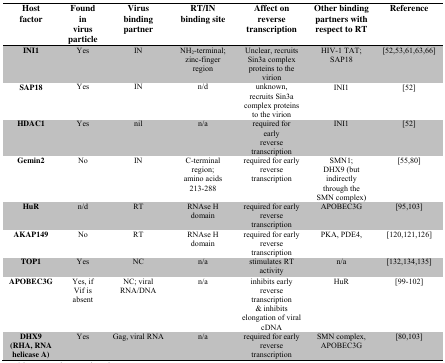
| Host factor | Found in virus particle | Virus binding partner | RT/IN binding site | Affect on reverse transcription | Other binding partners with respect to RT | Reference |
 | --- | --- | --- | --- | --- | --- | --- |
 | INI1 | Yes | IN | NH2-terminal; zinc-finger region | Unclear, recruits Sin3a complex proteins to the virion | HIV-1 TAT; SAP18 | [52,53,61,63,66] |
 | SAP18 | Yes | IN | n/d | unknown, recruits Sin3a complex proteins to the virion | INI1 | [52] |
 | HDAC1 | Yes | nil | n/a | required for early reverse transcription | INI1 | [52] |
 | Gemin2 | No | IN | C-terminal region; amino acids 213–288 | required for early reverse transcription | SMN1; DHX9 (but indirectly through the SMN complex) | [55,80] |
 | HuR | n/d | RT | RNAse H domain | required for early reverse transcription | APOBEC3G | [95,103] |
 | AKAP149 | No | RT | RNAse H domain | required for early reverse transcription | PKA, PDE4, | [120,121,126] |
 | TOP1 | Yes | NC | n/a | stimulates RT activity | n/a | [132,134,135] |
 | APOBEC3G | Yes, if Vif is absent | NC; viral RNA/DNA | n/a | inhibits early reverse transcription & inhibits elongation of viral cDNA | HuR | [99–102] |
 | DHX9 (RHA, RNA helicase A) | Yes | Gag, viral RNA | n/a | required for early reverse transcription | SMN complex, APOBEC3G | [80,103] |